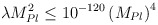
\begin{align*}\lambda M_{Pl}^2 \leq 10^{-120} \left( M_{Pl}\right)^4\end{align*}